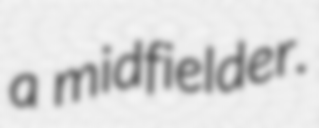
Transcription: a midfielder.